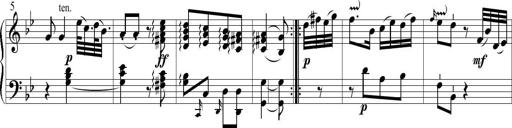
Title: 6 Leichte Sonatinen, Teil 1
Composer: F. Sigismund Sander